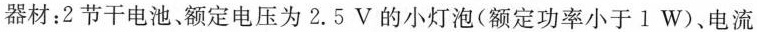
器材：2节干电池、额定电压为2.5 V的小灯泡(额定功率小于1 W)、电流